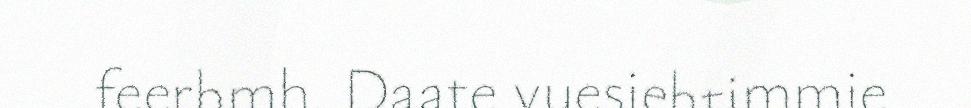
feerhmh. Daate vuesiehtimmie